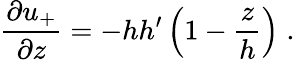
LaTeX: \frac{\partial u_{+}}{\partial z}=-hh^{\prime}\left(1-\frac{z}{h}\right)\; .